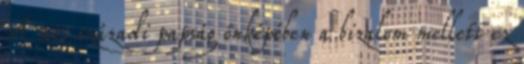
A 21. századi papság önképében a bizalom mellett ez